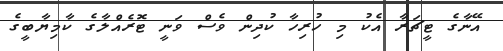
އޭނާގެ ޓީޗަރާ އެކު މި ހުރިހާ ކުދިން ވެސް ވަނީ ޓޮރެއްލާގެ ކާމިޔާބީގެ